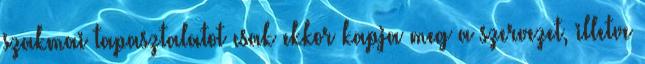
szakmai tapasztalatot csak ekkor kapja meg a szervezet, illetve